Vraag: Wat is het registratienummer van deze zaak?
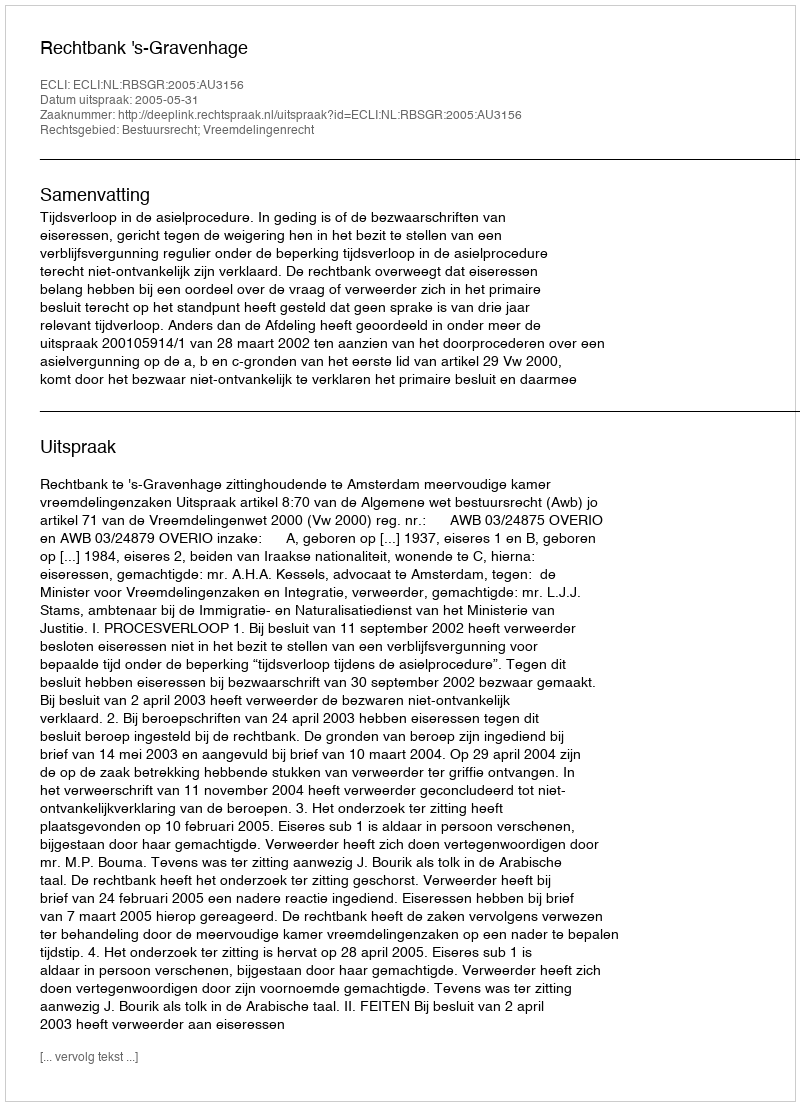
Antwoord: http://deeplink.rechtspraak.nl/uitspraak?id=ECLI:NL:RBSGR:2005:AU3156